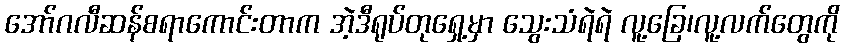
အော်ဂလီဆန်စရာကောင်းတာက အဲ့ဒီရုပ်တုရှေ့မှာ သွေးသံရဲရဲ လူ့ခြေ၊လူ့လက်တွေကို